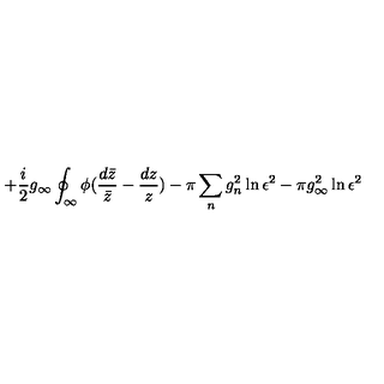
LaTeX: + \frac { i } { 2 } g _ { \infty } \oint _ { \infty } \phi ( \frac { d \bar { z } } { \bar { z } } - \frac { d z } { z } ) - \pi \sum _ { n } g _ { n } ^ { 2 } \ln \epsilon ^ { 2 } - \pi g _ { \infty } ^ { 2 } \ln \epsilon ^ { 2 }